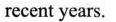
recent years.